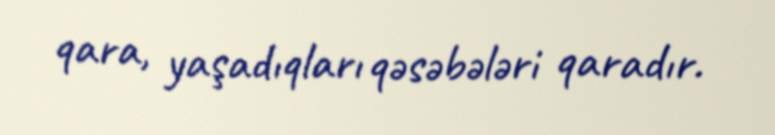
qara, yaşadıqları qəsəbələri qaradır.